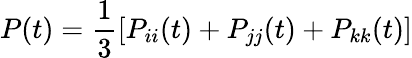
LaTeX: P(t)=\frac{1}{3}[P_{ii}(t)+P_{jj}(t)+P_{kk}(t)]